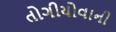
તોગીયોવાની